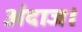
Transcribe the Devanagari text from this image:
अंदाज।